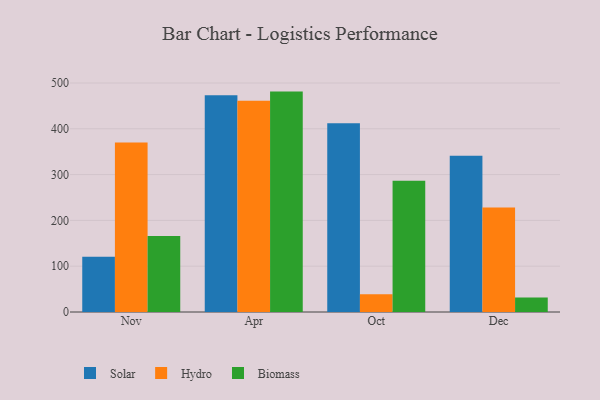
{"axis": {"x": "Month", "y": "Production Output"}, "legend": ["Biomass", "Hydro", "Solar"], "data": [{"x": "Nov", "y": 120.9, "type": "Solar"}, {"x": "Nov", "y": 370.1, "type": "Hydro"}, {"x": "Nov", "y": 166.0, "type": "Biomass"}, {"x": "Apr", "y": 473.0, "type": "Solar"}, {"x": "Apr", "y": 461.4, "type": "Hydro"}, {"x": "Apr", "y": 481.2, "type": "Biomass"}, {"x": "Oct", "y": 412.0, "type": "Solar"}, {"x": "Oct", "y": 38.9, "type": "Hydro"}, {"x": "Oct", "y": 286.5, "type": "Biomass"}, {"x": "Dec", "y": 341.1, "type": "Solar"}, {"x": "Dec", "y": 228.2, "type": "Hydro"}, {"x": "Dec", "y": 31.5, "type": "Biomass"}]}